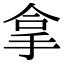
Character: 拿